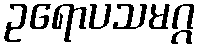
ဥရောပသမဂ္ဂ